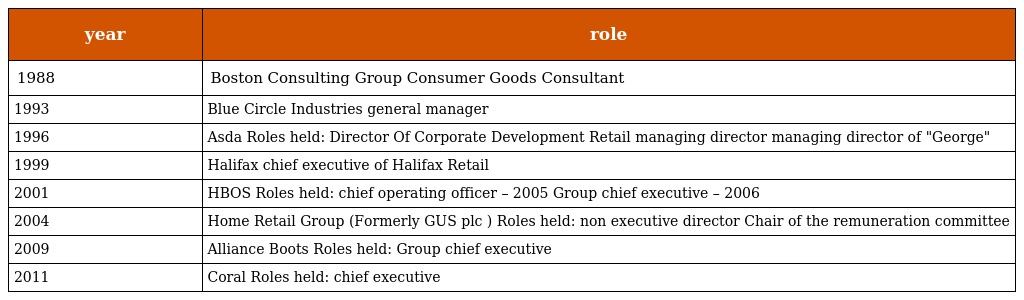
| year | role |
 | --- | --- |
 | 1988 | Boston Consulting Group Consumer Goods Consultant |
 | 1993 | Blue Circle Industries general manager |
 | 1996 | Asda Roles held: Director Of Corporate Development Retail managing director managing director of "George" |
 | 1999 | Halifax chief executive of Halifax Retail |
 | 2001 | HBOS Roles held: chief operating officer – 2005 Group chief executive – 2006 |
 | 2004 | Home Retail Group (Formerly GUS plc ) Roles held: non executive director Chair of the remuneration committee |
 | 2009 | Alliance Boots Roles held: Group chief executive |
 | 2011 | Coral Roles held: chief executive |